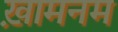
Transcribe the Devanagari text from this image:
ख़ामनम